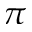
\pi